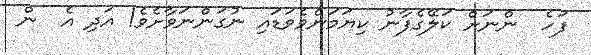
ފަހެ  ންނަށް ކަލޭގެފާނު ކިޔަމަންވެވަޑައި ނުގަންނަވާށެވެ! އަދި އެ  ން